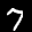
Label: 7